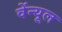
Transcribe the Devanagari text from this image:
वेंन्यूल